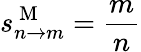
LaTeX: s_{n\rightarrow m}^{\mathrm{~M~}}=\frac{m}{n}